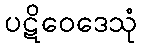
ပဋိဝေဒေသုံ